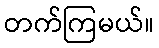
တက်ကြမယ်။